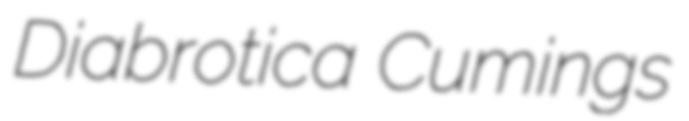
Diabrotica Cumings